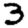
Digit: 3